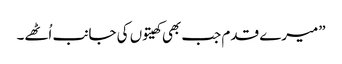
”میرے قدم جب بھی کھیتوں کی جانب اُٹھے۔